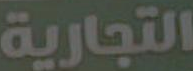
التجارية